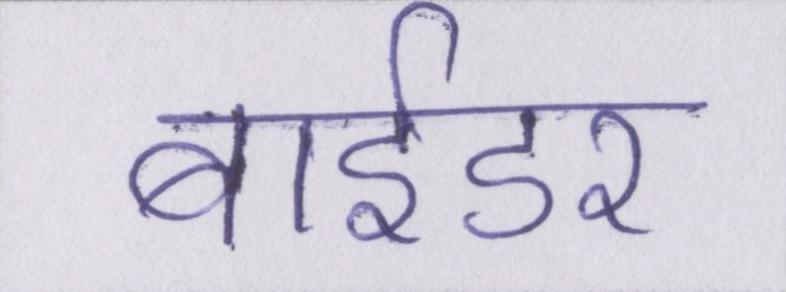
बाईडर